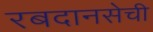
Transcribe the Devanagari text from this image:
रबदानसेची